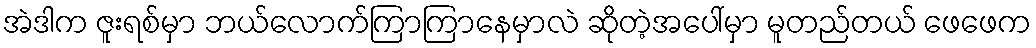
အဲဒါက ဇူးရစ်မှာ ဘယ်လောက်ကြာကြာနေမှာလဲ ဆိုတဲ့အပေါ်မှာ မူတည်တယ် ဖေဖေက